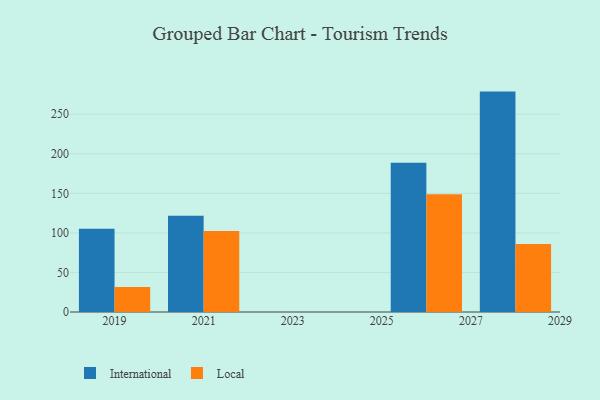
{"axis": {"x": "Year", "y": "Energy Usage (MWh)"}, "legend": ["International", "Local"], "data": [{"x": "2019", "y": 105.1, "type": "International"}, {"x": "2019", "y": 31.7, "type": "Local"}, {"x": "2028", "y": 278.6, "type": "International"}, {"x": "2028", "y": 86.0, "type": "Local"}, {"x": "2026", "y": 188.6, "type": "International"}, {"x": "2026", "y": 148.9, "type": "Local"}, {"x": "2021", "y": 121.6, "type": "International"}, {"x": "2021", "y": 102.5, "type": "Local"}]}